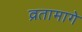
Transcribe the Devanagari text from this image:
व्रतामागे